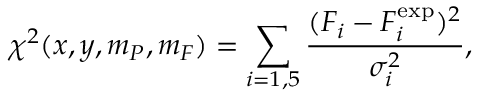
\chi ^ { 2 } ( x , y , m _ { P } , m _ { F } ) = \sum _ { i = 1 , 5 } \frac { ( F _ { i } - F _ { i } ^ { \mathrm { e x p } } ) ^ { 2 } } { \sigma _ { i } ^ { 2 } } ,